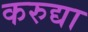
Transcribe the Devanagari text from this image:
करुद्या